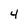
Character: 4